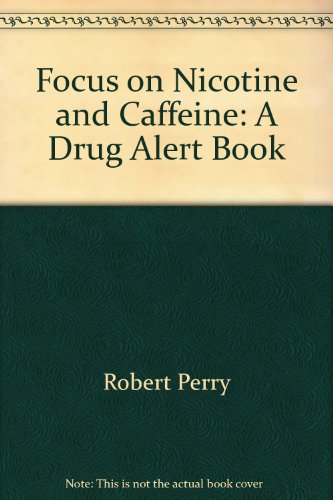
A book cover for Focus on Nicotine and Caffeine: A Drug Alert Book (Drug - Alert Series); Robert Perry; Health, Fitness & Dieting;